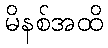
မိနစ်အထိ